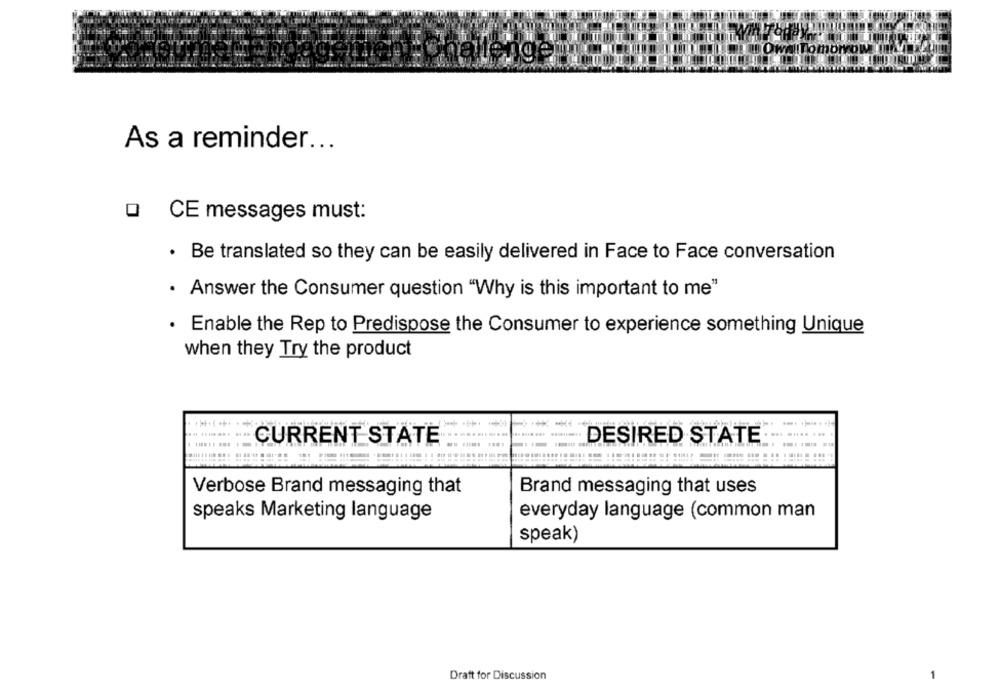
OwalTomorrow tiny-
As a reminder ...
Q CE messages must:
· Be translated so they can be easily delivered in Face to Face conversation
· Answer the Consumer question "Why is this important to me"
. Enable the Rep to Predispose the Consumer to experience something Unique
when they Try the product
CURRENT STATE
DESIRED STATE
Brand messaging that uses
Verbose Brand messaging that
speaks Marketing language
everyday language (common man
speak)
Draft for Discussion
1